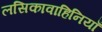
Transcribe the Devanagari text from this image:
लसिकावाहिनियाँ